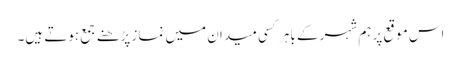
اس موقع پر ہم شہر کے باہر کسی میدان میں نماز پڑھنے جمع ہوتے ہیں۔